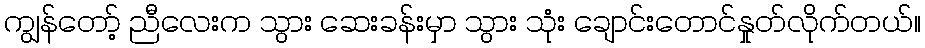
ကျွန်တော့် ညီလေးက သွား ဆေးခန်းမှာ သွား သုံး ချောင်းတောင်နှုတ်လိုက်တယ်။